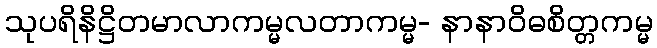
သုပရိနိဋ္ဌိတမာလာကမ္မလတာကမ္မ- နာနာဝိဓစိတ္တကမ္မ